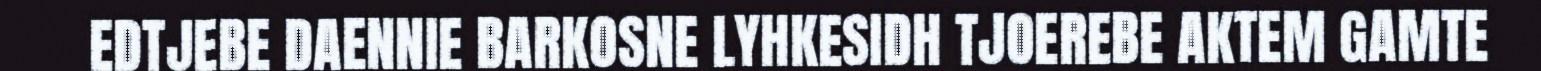
EDTJEBE DAENNIE BARKOSNE LYHKESIDH TJOEREBE AKTEM GAMTE